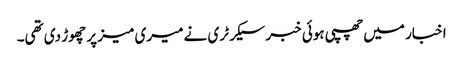
اخبار میں‌چھپی ہوئی خبر سیکرٹری نے میری میز پر چھوڑ دی تھی۔